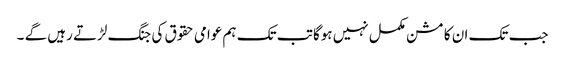
جب تک ان کا مشن مکمل نہیں ہوگا تب تک ہم عوامی حقوق کی جنگ لڑتے رہیں گے ۔